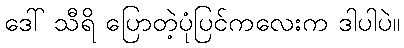
ဒေါ် သီရိ ပြောတဲ့ပုံပြင်ကလေးက ဒါပါပဲ။